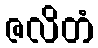
ဇလိတံ